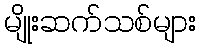
မျိုးဆက်သစ်များ